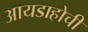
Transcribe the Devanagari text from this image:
आयडाहोची